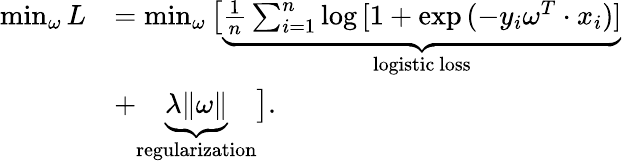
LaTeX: \begin{array}{rl}{\operatorname*{min}_{\mathbf{\omega}}{L}}&{=\operatorname*{min}_{\mathbf{\omega}}\big[\underbrace{\frac{1}{n}\sum_{i=1}^{n}\log{[1+\exp{(-y_{i}\mathbf{\omega}^{T}\cdot x_{i})}]}}_{\mathrm{logistic~loss}}}\\ {\quad}&{+\underbrace{\lambda\| \mathbf{\omega}\| }_{\mathrm{regularization}}\big].}\end{array}